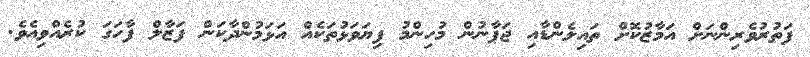
ފަތުރުވެރިންނަށް އަމާޒުކޮށް ތައިލެންޑާއި ޖަޕާނުން މުހިންމު ފިޔަވަޅުތަކެއް އަޅަމުންދާކަން ފަޒާލް ފާހަގަ ކުރެއްވިއެވެ.